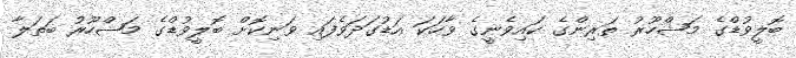
ބޮލީވުޑްގެ މަޝްހޫރު ތަރިންގެ ކައިވެނީގެ ވާހަކަ އަޑުގަދަވެފައި ވަނިކޮށް ބޮލީވުޑްގެ މަޝްހޫރު ބަތަލާ